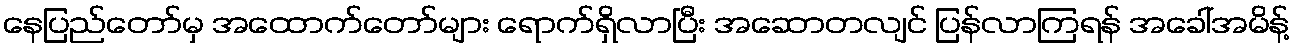
နေပြည်တော်မှ အထောက်တော်များ ရောက်ရှိလာပြီး အဆောတလျင် ပြန်လာကြရန် အခေါ်အမိန့်